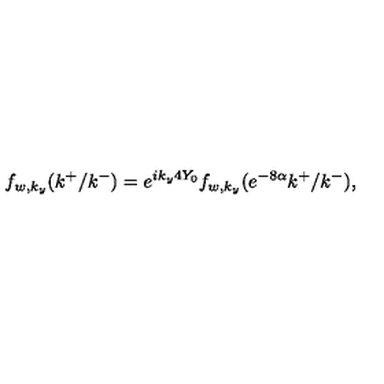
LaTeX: f _ { w , k _ { y } } ( k ^ { + } / k ^ { - } ) = e ^ { i k _ { y } 4 Y _ { 0 } } f _ { w , k _ { y } } ( e ^ { - 8 \alpha } k ^ { + } / k ^ { - } ) ,